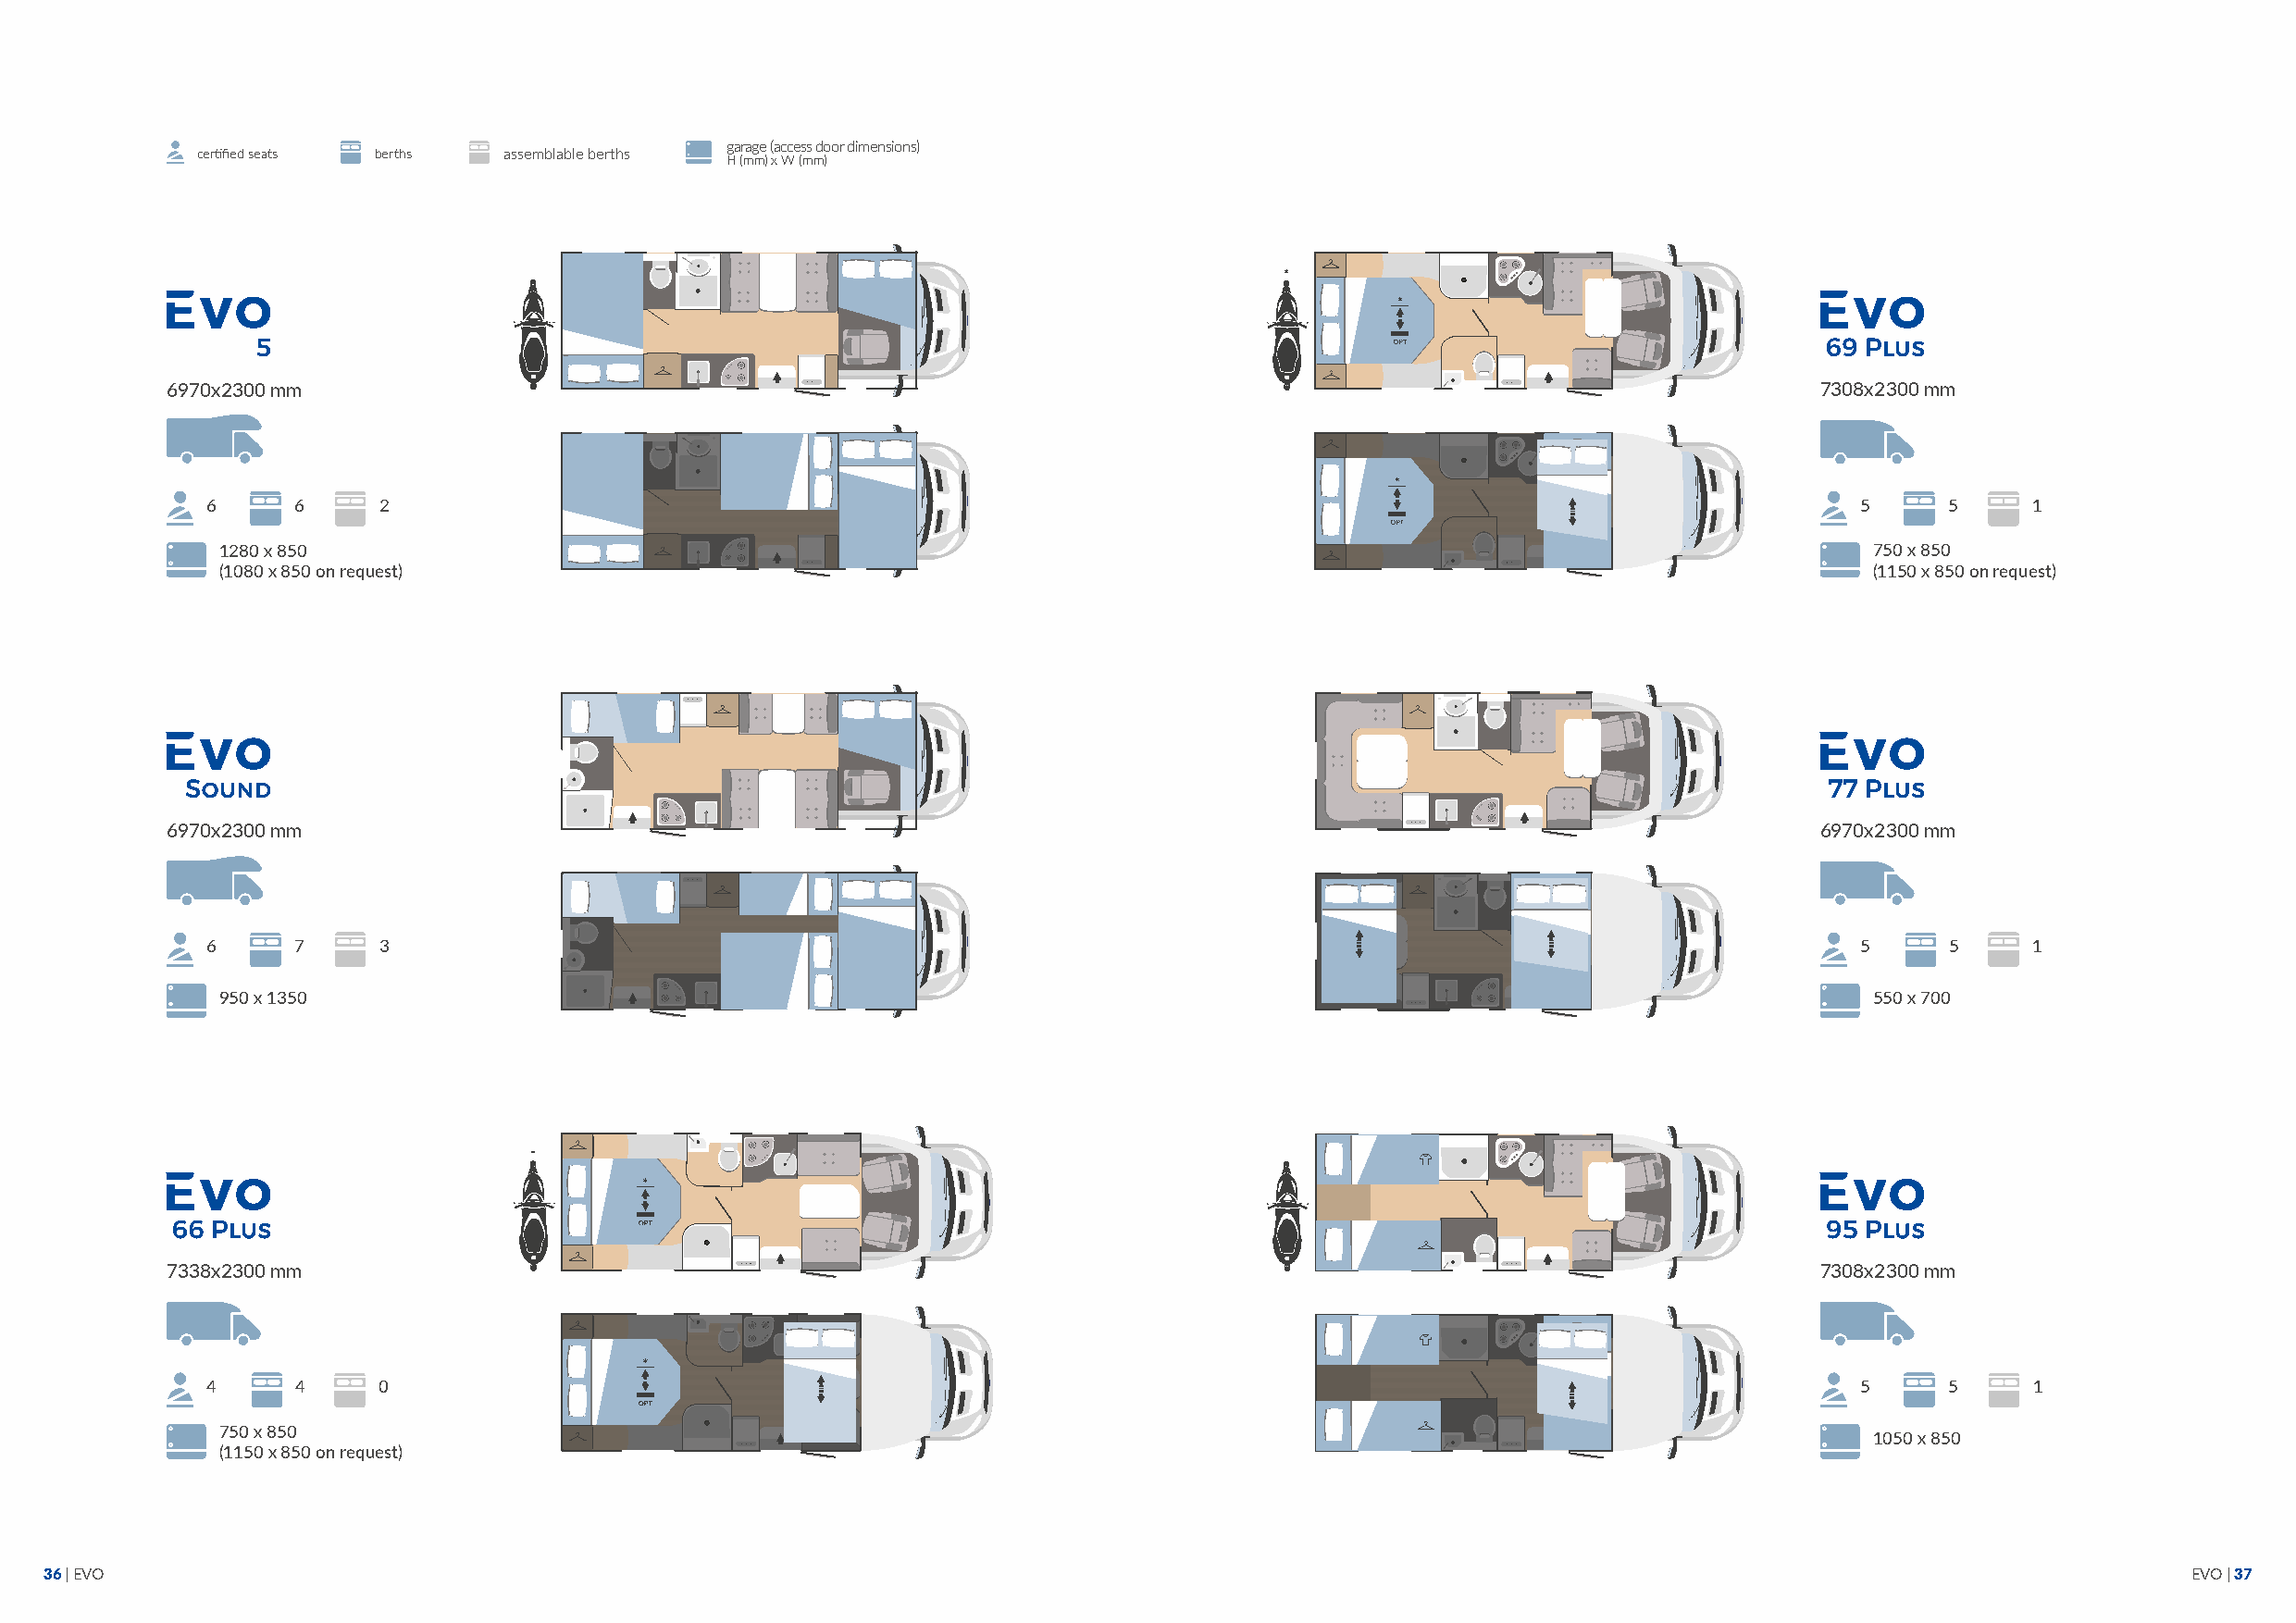
garage (access door dimensions)
 certified seats berths assemblable berths
 H (mm) x W (mm)
 6970x2300 mm                                                                                                          7308x2300 mm
 6     6     2                                                                                                         5     5     1
 1280 x 850                                                                                                            750 x 850
 (1080 x 850 on request)                                                                                               (1150 x 850 on request)
 6970x2300 mm                                                                                                          6970x2300 mm
 6     7     3                                                                                                         5     5     1
 950 x 1350                                                                                                            550 x 700
 7338x2300 mm                                                                                                          7308x2300 mm
 4     4     0                                                                                                         5     5     1
 750 x 850
 1050 x 850
 (1150 x 850 on request)
 36 | EVO                                                                                                                                                  EVO | 37